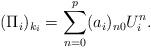
LaTeX: \begin{align*}(\Pi _{i})_{k_{i}}=\sum_{n=0}^{p}(a_{i})_{n0}U_{i}^{n}. \end{align*}